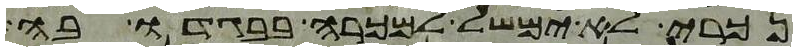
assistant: נכרי לא ימשל למכרה בבגדו בה